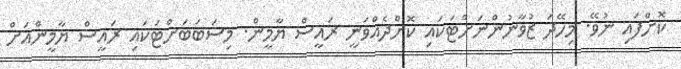
ކޮށްފައި ނުވޭ. މިހޭދަ ޒުވާނުންނަށްޓަކައި ކޮށްދެއްވަނީ ރައީސް ޔާމީން. މިސަބަބަށްޓަކައި ރައީސް ޔާމީންއަށް